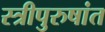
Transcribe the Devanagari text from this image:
स्त्रीपुरुषांत